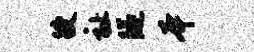
躞祉隧本